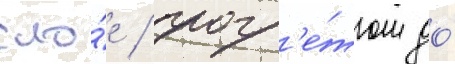
сло́е / прогр'е́том до́